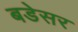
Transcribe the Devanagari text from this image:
बडेसर